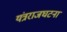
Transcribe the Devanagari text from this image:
यंत्रराजघटना